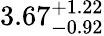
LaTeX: {3.67}_{-0.92}^{+1.22}